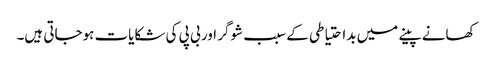
کھانے پینے میں بداحتیاطی کے سبب شوگر اور بی پی کی شکایات ہوجاتی ہیں۔